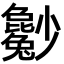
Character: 𡮿